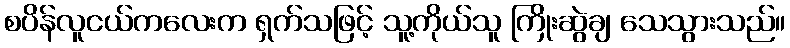
စပိန်လူငယ်ကလေးက ရှက်သဖြင့် သူ့ကိုယ်သူ ကြိုးဆွဲချ သေသွားသည်။